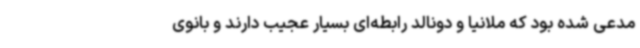
مدعی شده بود که ملانیا و دونالد رابطه‌ای بسیار عجیب دارند و بانوی